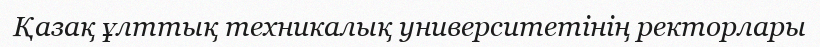
Қазақ ұлттық техникалық университетінің ректорлары